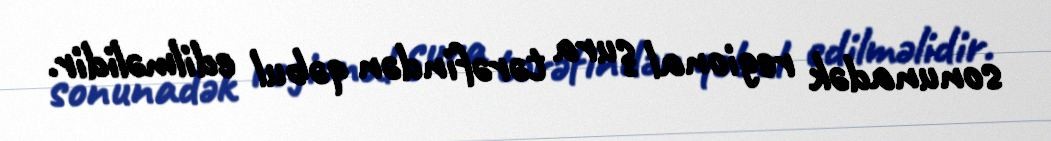
sonunadək regional şura tərəfindən qəbul edilməlidir.